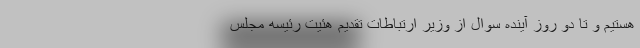
هستیم و تا دو روز آینده سوال از وزیر ارتباطات تقدیم هئیت رئیسه مجلس